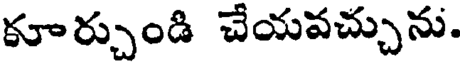
కూర్చుండి చేయవచ్చును.